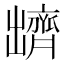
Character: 𪗊